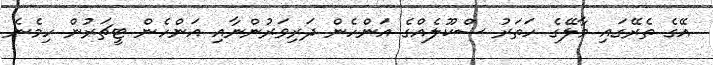
އޭގެ ތެރޭގައި މާލޭގެ ހަތަރު ސްކޫލެއްގެ އަންހެން ދަރިވަރުންނާއި އަންހެން ޓީޗަރުން ހިމެނެ